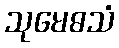
သုမေဓသံ